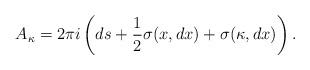
LaTeX: \begin{align*}A_\kappa =2\pi i \left(ds+\frac{1}{2}\sigma( x, dx)+\sigma(\kappa, dx)\right).\end{align*}